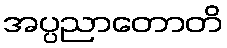
အပ္ပညာတောတိ